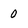
Character: o